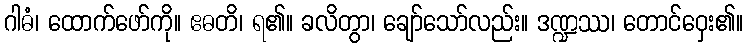
ဂါဓံ၊ ထောက်ဖော်ကို။ ဧဓတိ၊ ရ၏။ ခလိတွာ၊ ချော်သော်လည်း။ ဒဏ္ဍဿ၊ တောင်ဝှေး၏။